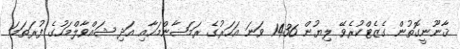
ޤާނޫނީގޮތުން ގެޒެޓްކުރެވޭ ލިޔުން 1436 ވަނަ އަހަރުގެ ރަމަޟާންމަހާއި އަދި ޝައްވާލްމަހުގެ ފުރަތަމަ